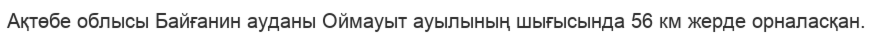
Ақтөбе облысы Байғанин ауданы Оймауыт ауылының шығысында 56 км жерде орналасқан.